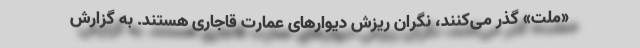
«ملت» گذر می‌کنند، نگران ریزش دیوارهای عمارت قاجاری هستند. به گزارش